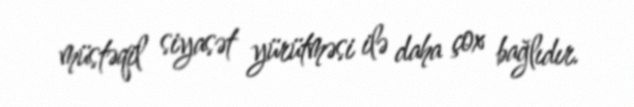
müstəqil siyasət yürütməsi ilə daha çox bağlıdır.